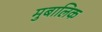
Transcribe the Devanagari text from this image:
मुबालिक